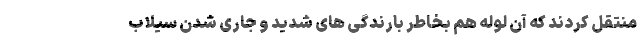
منتقل کردند که آن لوله هم بخاطر بارندگی های شدید و جاری شدن سیلاب